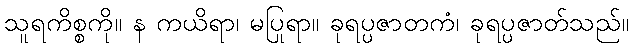
သူရကိစ္စကို။ န ကယိရာ၊ မပြုရာ။ ခုရပ္ပဇာတကံ၊ ခုရပ္ပဇာတ်သည်။